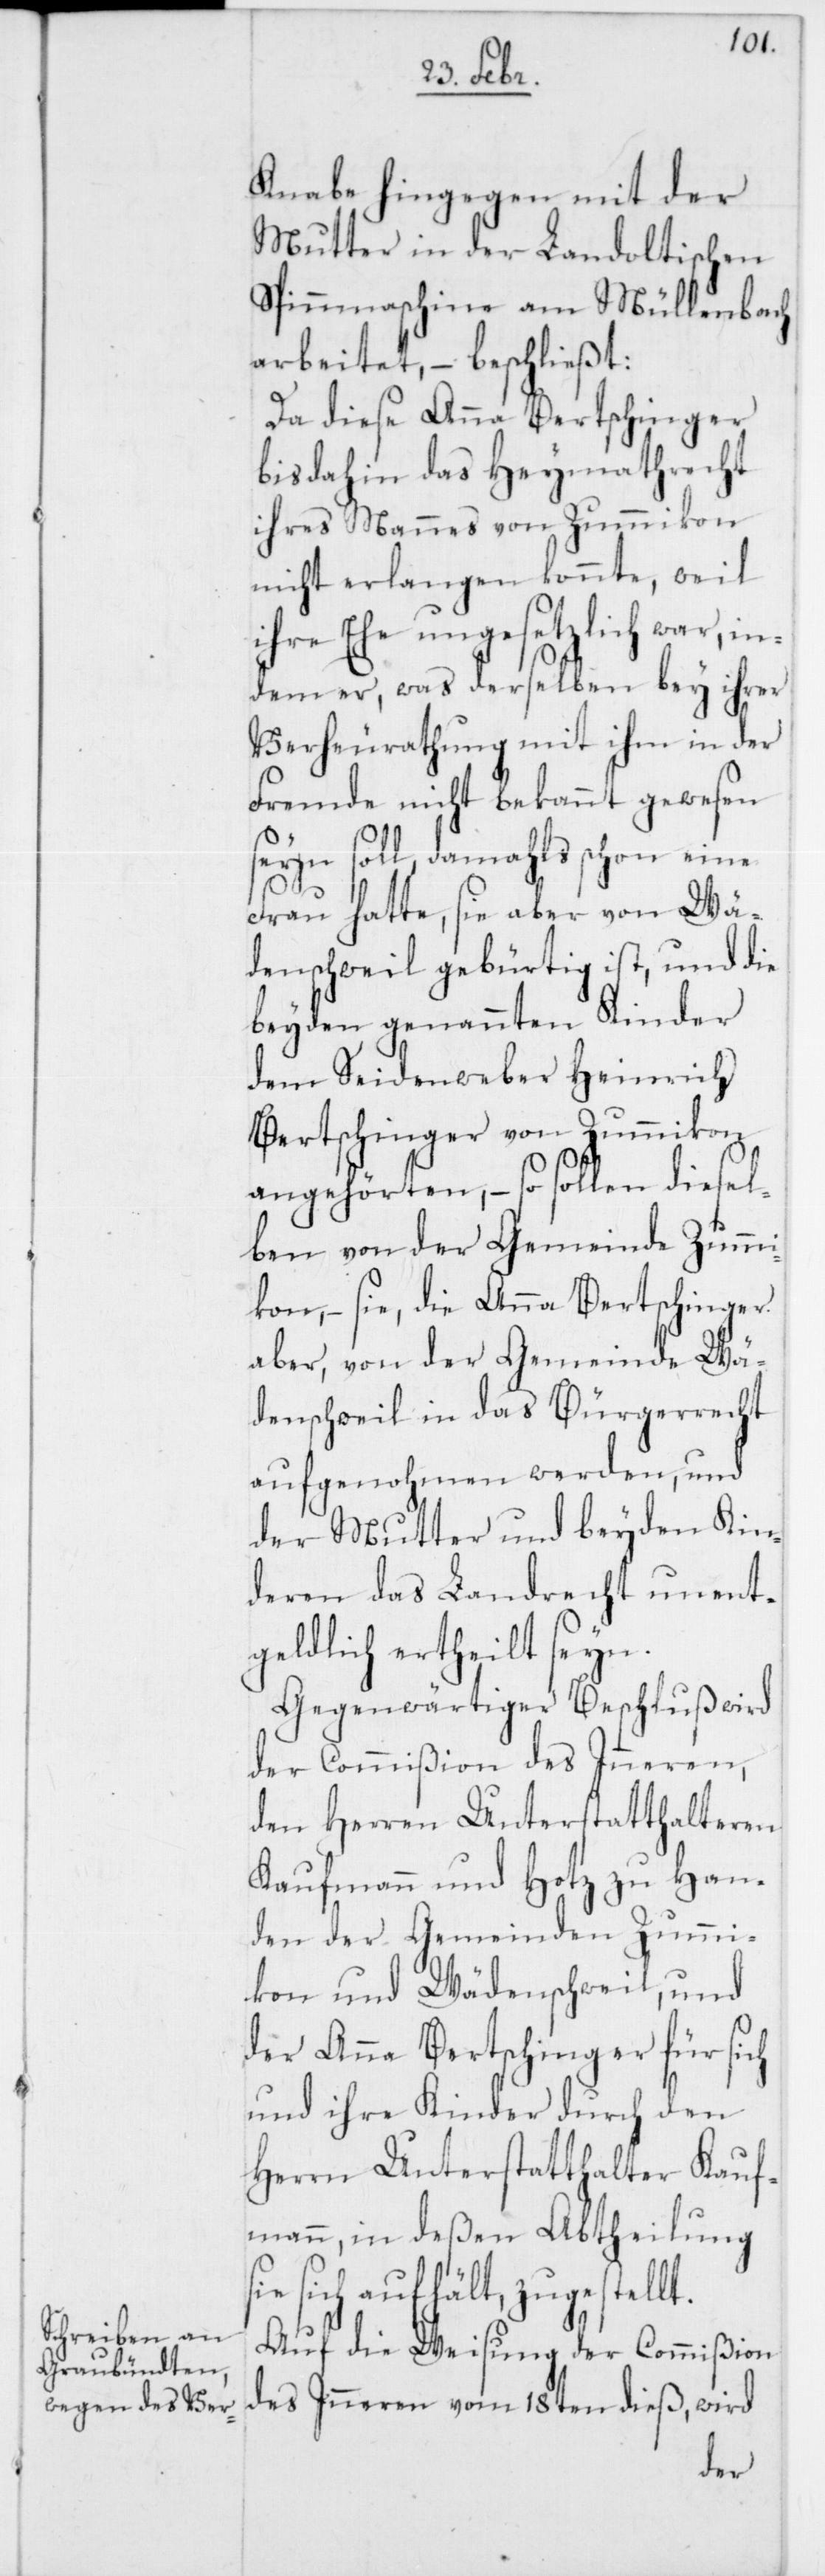
Knabe hingegen mit der
Mutter in der Landoltischen
Spinnmaschine am Müllenbach
arbeitet, – beschließt:
Da diese Anna Bertschinger
bis dahin das Heymathrecht
ihres Mannes von Zummikon
nicht erlangen konnte, weil
ihre Ehe ungesetzlich war, in¬
dem er, was derselben bey ihrer
Verheirathung mit ihm in der
Fremde nicht bekannt gewesen
seyn soll, damahls schon eine
Frau hatte, sie aber von Wä¬
denschweil gebürtig ist, und die
beyden genannten Kinder
dem Seidenweber Heinrich
Bertschinger von Zummikon
angehörten, – so sollen diesel¬
ben von der Gemeinde Zumm¬
ikon, – sie, die Anna Bertschinger
aber, von der Gemeinde Wä¬
denschweil in das Bürgerrecht
aufgenohmen werden, und
der Mutter und beyden Kin¬
deren das Landrecht unent¬
geldlich ertheilt seyn.
Gegenwärtiger Beschluß wird
der Commißion des Inneren,
den Herren Unterstatthalteren
Kaufmann und Hotz zu Han¬
den der Gemeinden Zumi¬
kon und Wädenschweil, und
der Anna Bertschinger für sich
und ihre Kinder durch den
Herrn Unterstatthalter Kauf¬
mann, in deßen Abtheilung
sich aufhält, zugestellt.
Auf die Weisung der Commißion
des Inneren vom 18ten dieß, wird